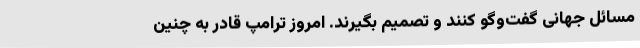
مسائل جهانی گفت‌وگو کنند و تصمیم بگیرند. امروز ترامپ قادر به چنین